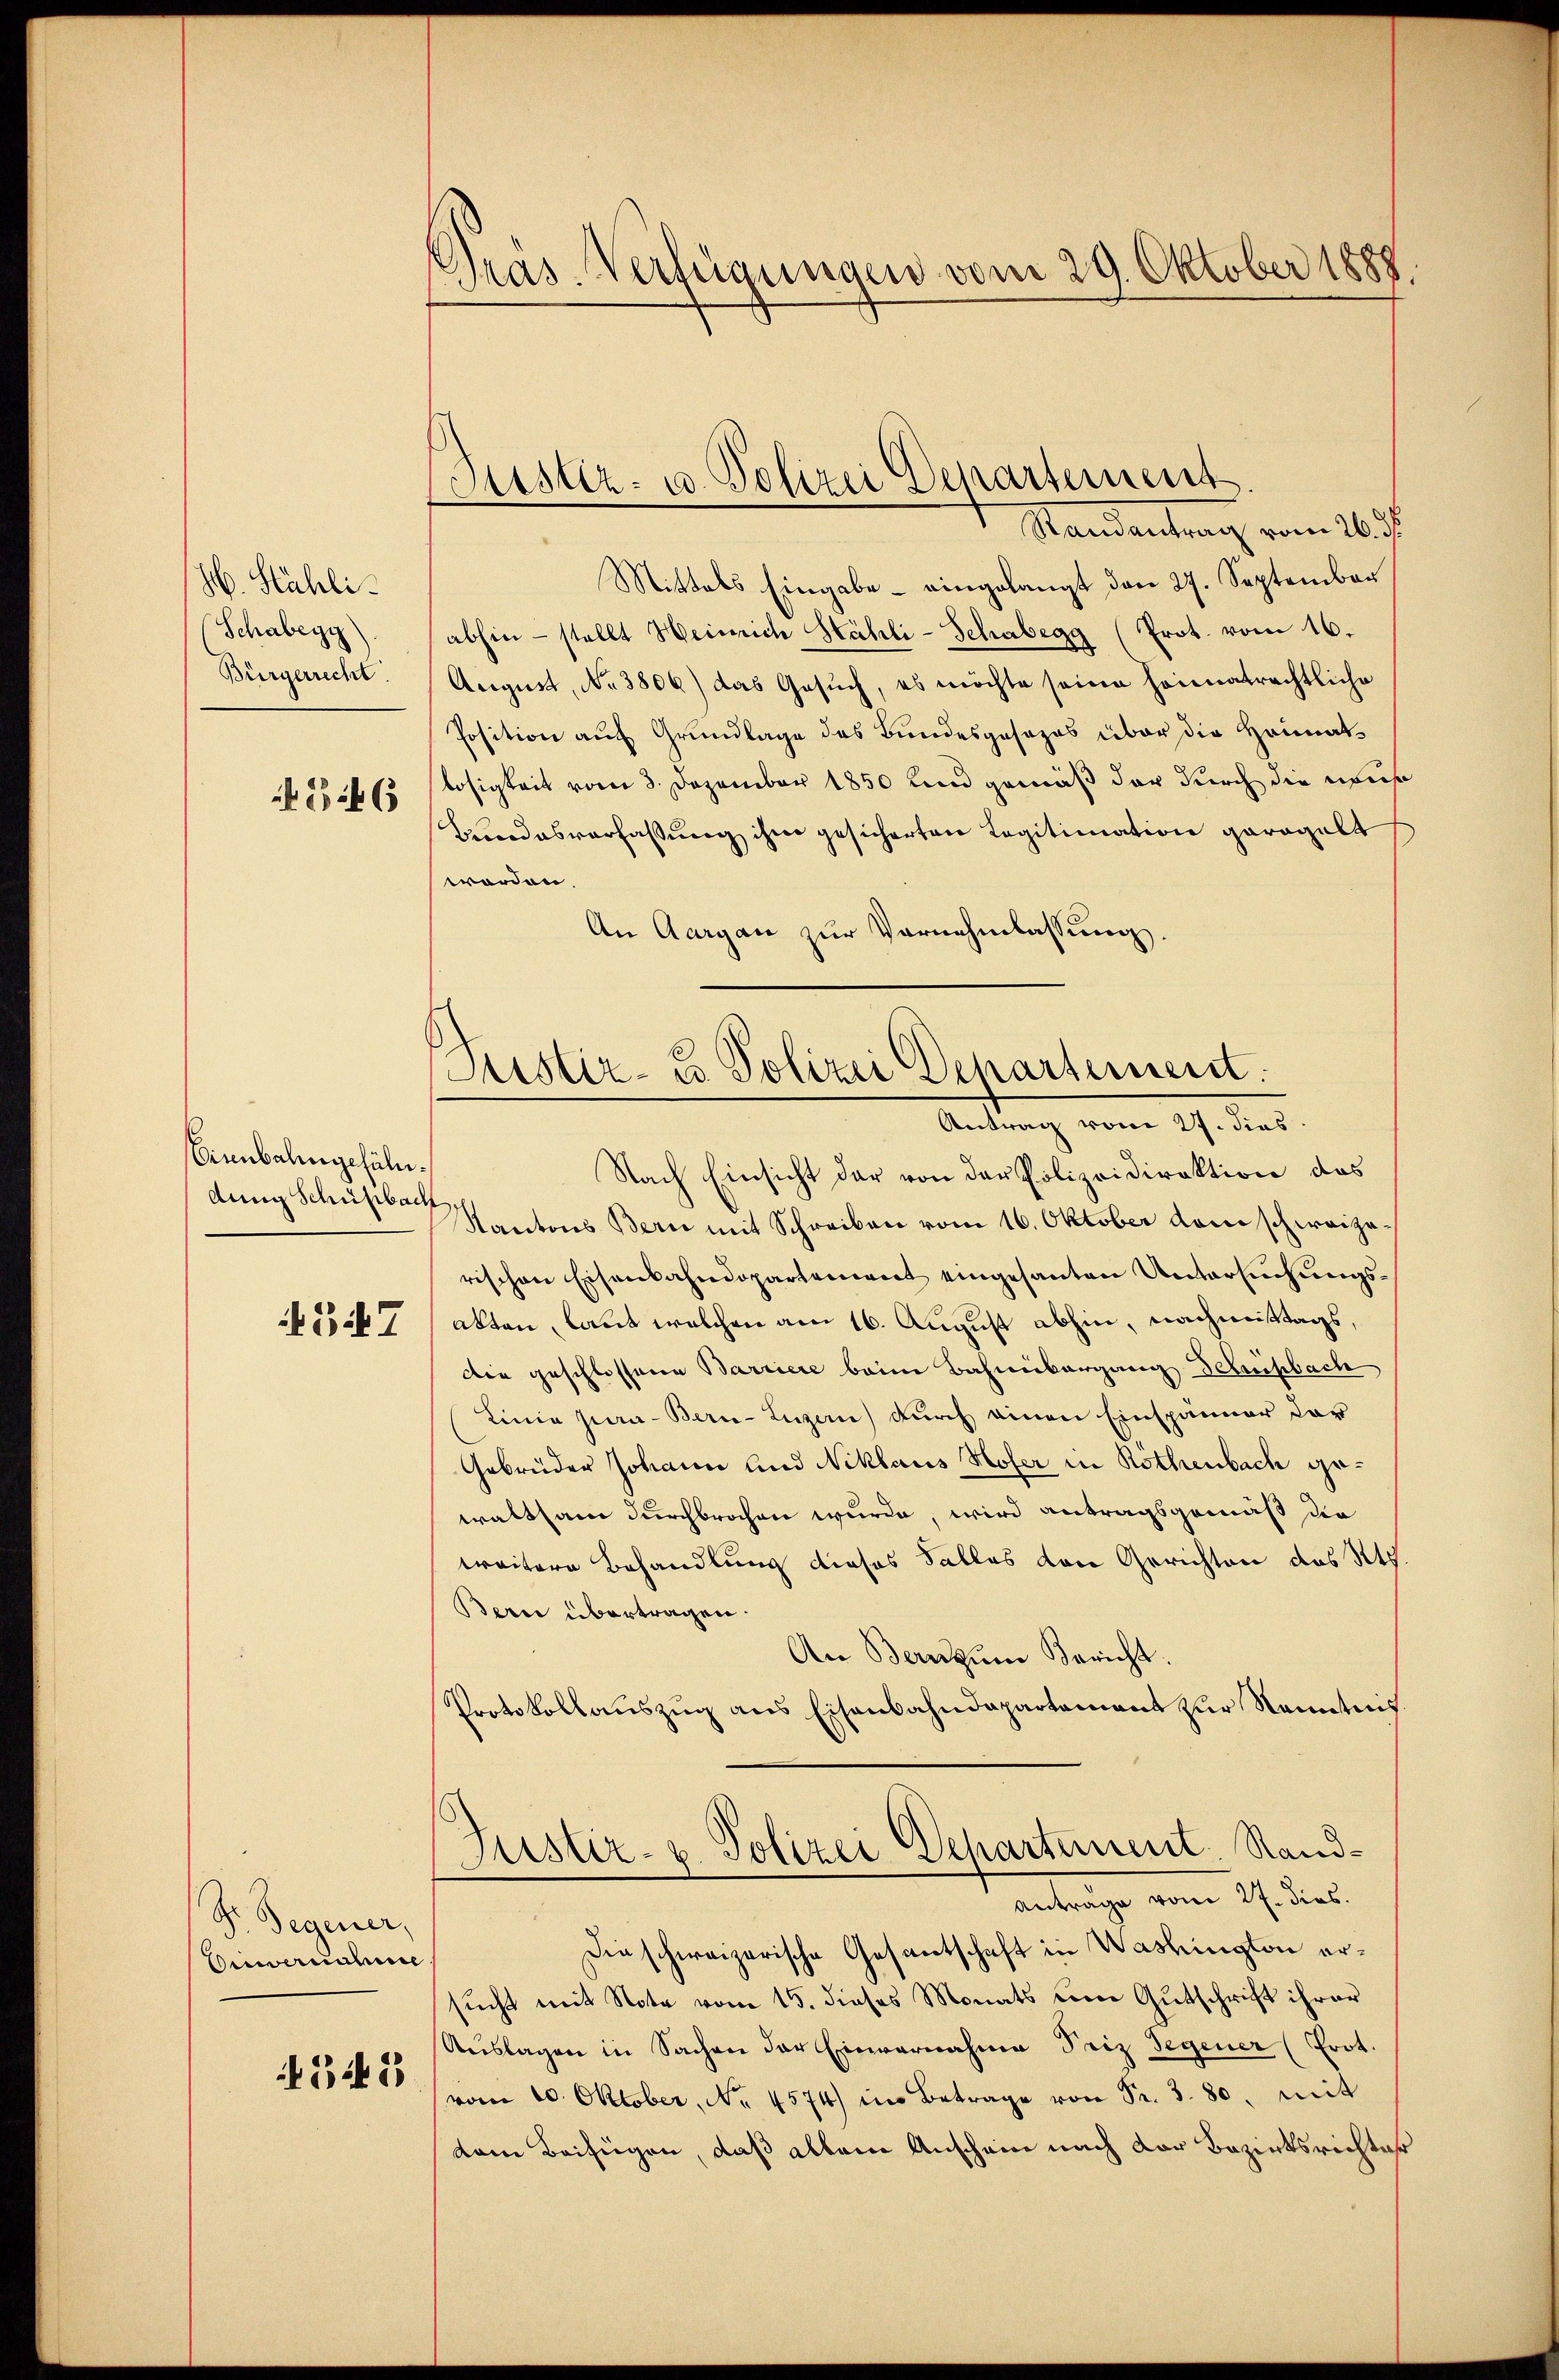
H. Stähli
Schabegy)
Bürgerrecht.
B 46

Birnbalingefäll.
dung Schüßbach
347

Dr. Gegener,
Buwernahme
545

Pras. Verfügungen vom 29. Oktober 1888

Puster- u. Polizei Departement
Standentrag vom 26. s.

Justiz- u. Polizei Departement.
Antrag vom 27. dies

Mittels Eingabe - eingelangt den 27. September
abhin - stellt Heinrich Stähli-Schabegg (Prot. vom 16.
August, No 3806) das Gesuch, es möchte seine heimatrechtliche
Position auf Grundlage des Bundesgesezes über die Heimatlosigkeit vom 8. Dezember 1850 und gemäß der durch die muß
Bundesverfassung ihm gesicherten Legitimation geregelt
worden.
An Aargau zur Vernehmlassung.
Nach Einsicht der von der Polizeidirektion das
Kantons Bern mit Schreiben vom 16. Oktober dem schweizerischen Eisenbahndepartement eingesanten Untersuchungsakten, laut welchen am 16. August abhin, nachmittags,
die geschlossene Barriere beim Bahmibergang Felsbach
Linie hiera - Bern-Luzern) durch einen Einspänner dar
Gebrüder Johann und Niklaus Hofer in Rothenbach gewaltsam durchbrochen wurde, wird antragsgemäß die
weitere Behandlung dieses Falles den Gerichten das St.
Bern übertragen.
An Bern zum Bericht.
Protokollauszug aus Eisenbahndepartement zur Kenntnis.
Justiz- & Polizei Departement. Sand¬
Anträge vom 27. dies.
Die schweizerische Gesantschaft in Washington ersucht mit Note vom 15. dieses Monats um Gutschrift ihrer
Auslagen in Sachen der Einvernahme Friz Segener (Prot.
vom 10. Oktober, No. 4574) in Betrage von Sr. 3. 80. mit
vom Beifügen, daß allein Anscheine nach Dor Bezirksrichter